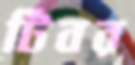
টিবর